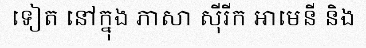
ទៀត នៅក្នុង ភាសា ស៊ីរីក អាមេនី និង